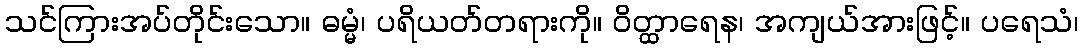
သင်ကြားအပ်တိုင်းသော။ ဓမ္မံ၊ ပရိယတ်တရားကို။ ဝိတ္ထာရေန၊ အကျယ်အားဖြင့်။ ပရေသံ၊